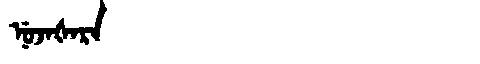
Manchu: ᠨᡠᠵᠠᡧᠠᡵᠠ
Romanization: NUJAŠARA